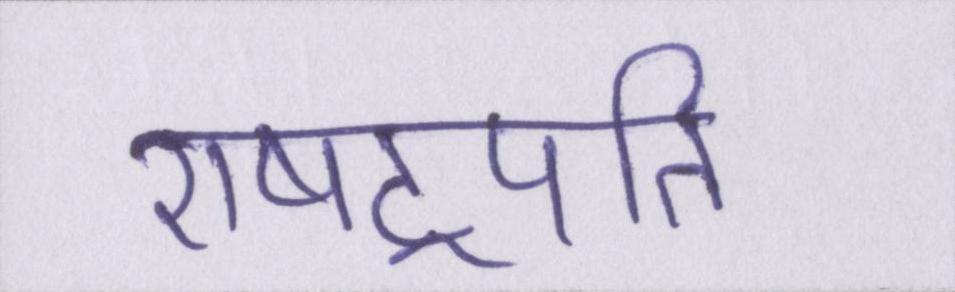
राषट्रपति